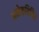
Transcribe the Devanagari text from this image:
अनेकविविध